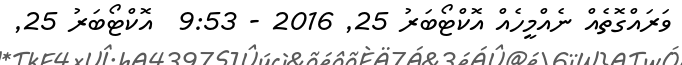
ވަރައްގޮތެއް ނެއްމީހެއް އޮކްޓޯބަރު 25